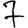
Digit: 7